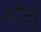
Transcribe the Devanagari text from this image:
मौसु